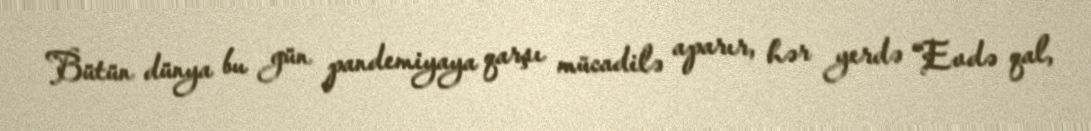
Bütün dünya bu gün pandemiyaya qarşı mücadilə aparır, hər yerdə “Evdə qal,